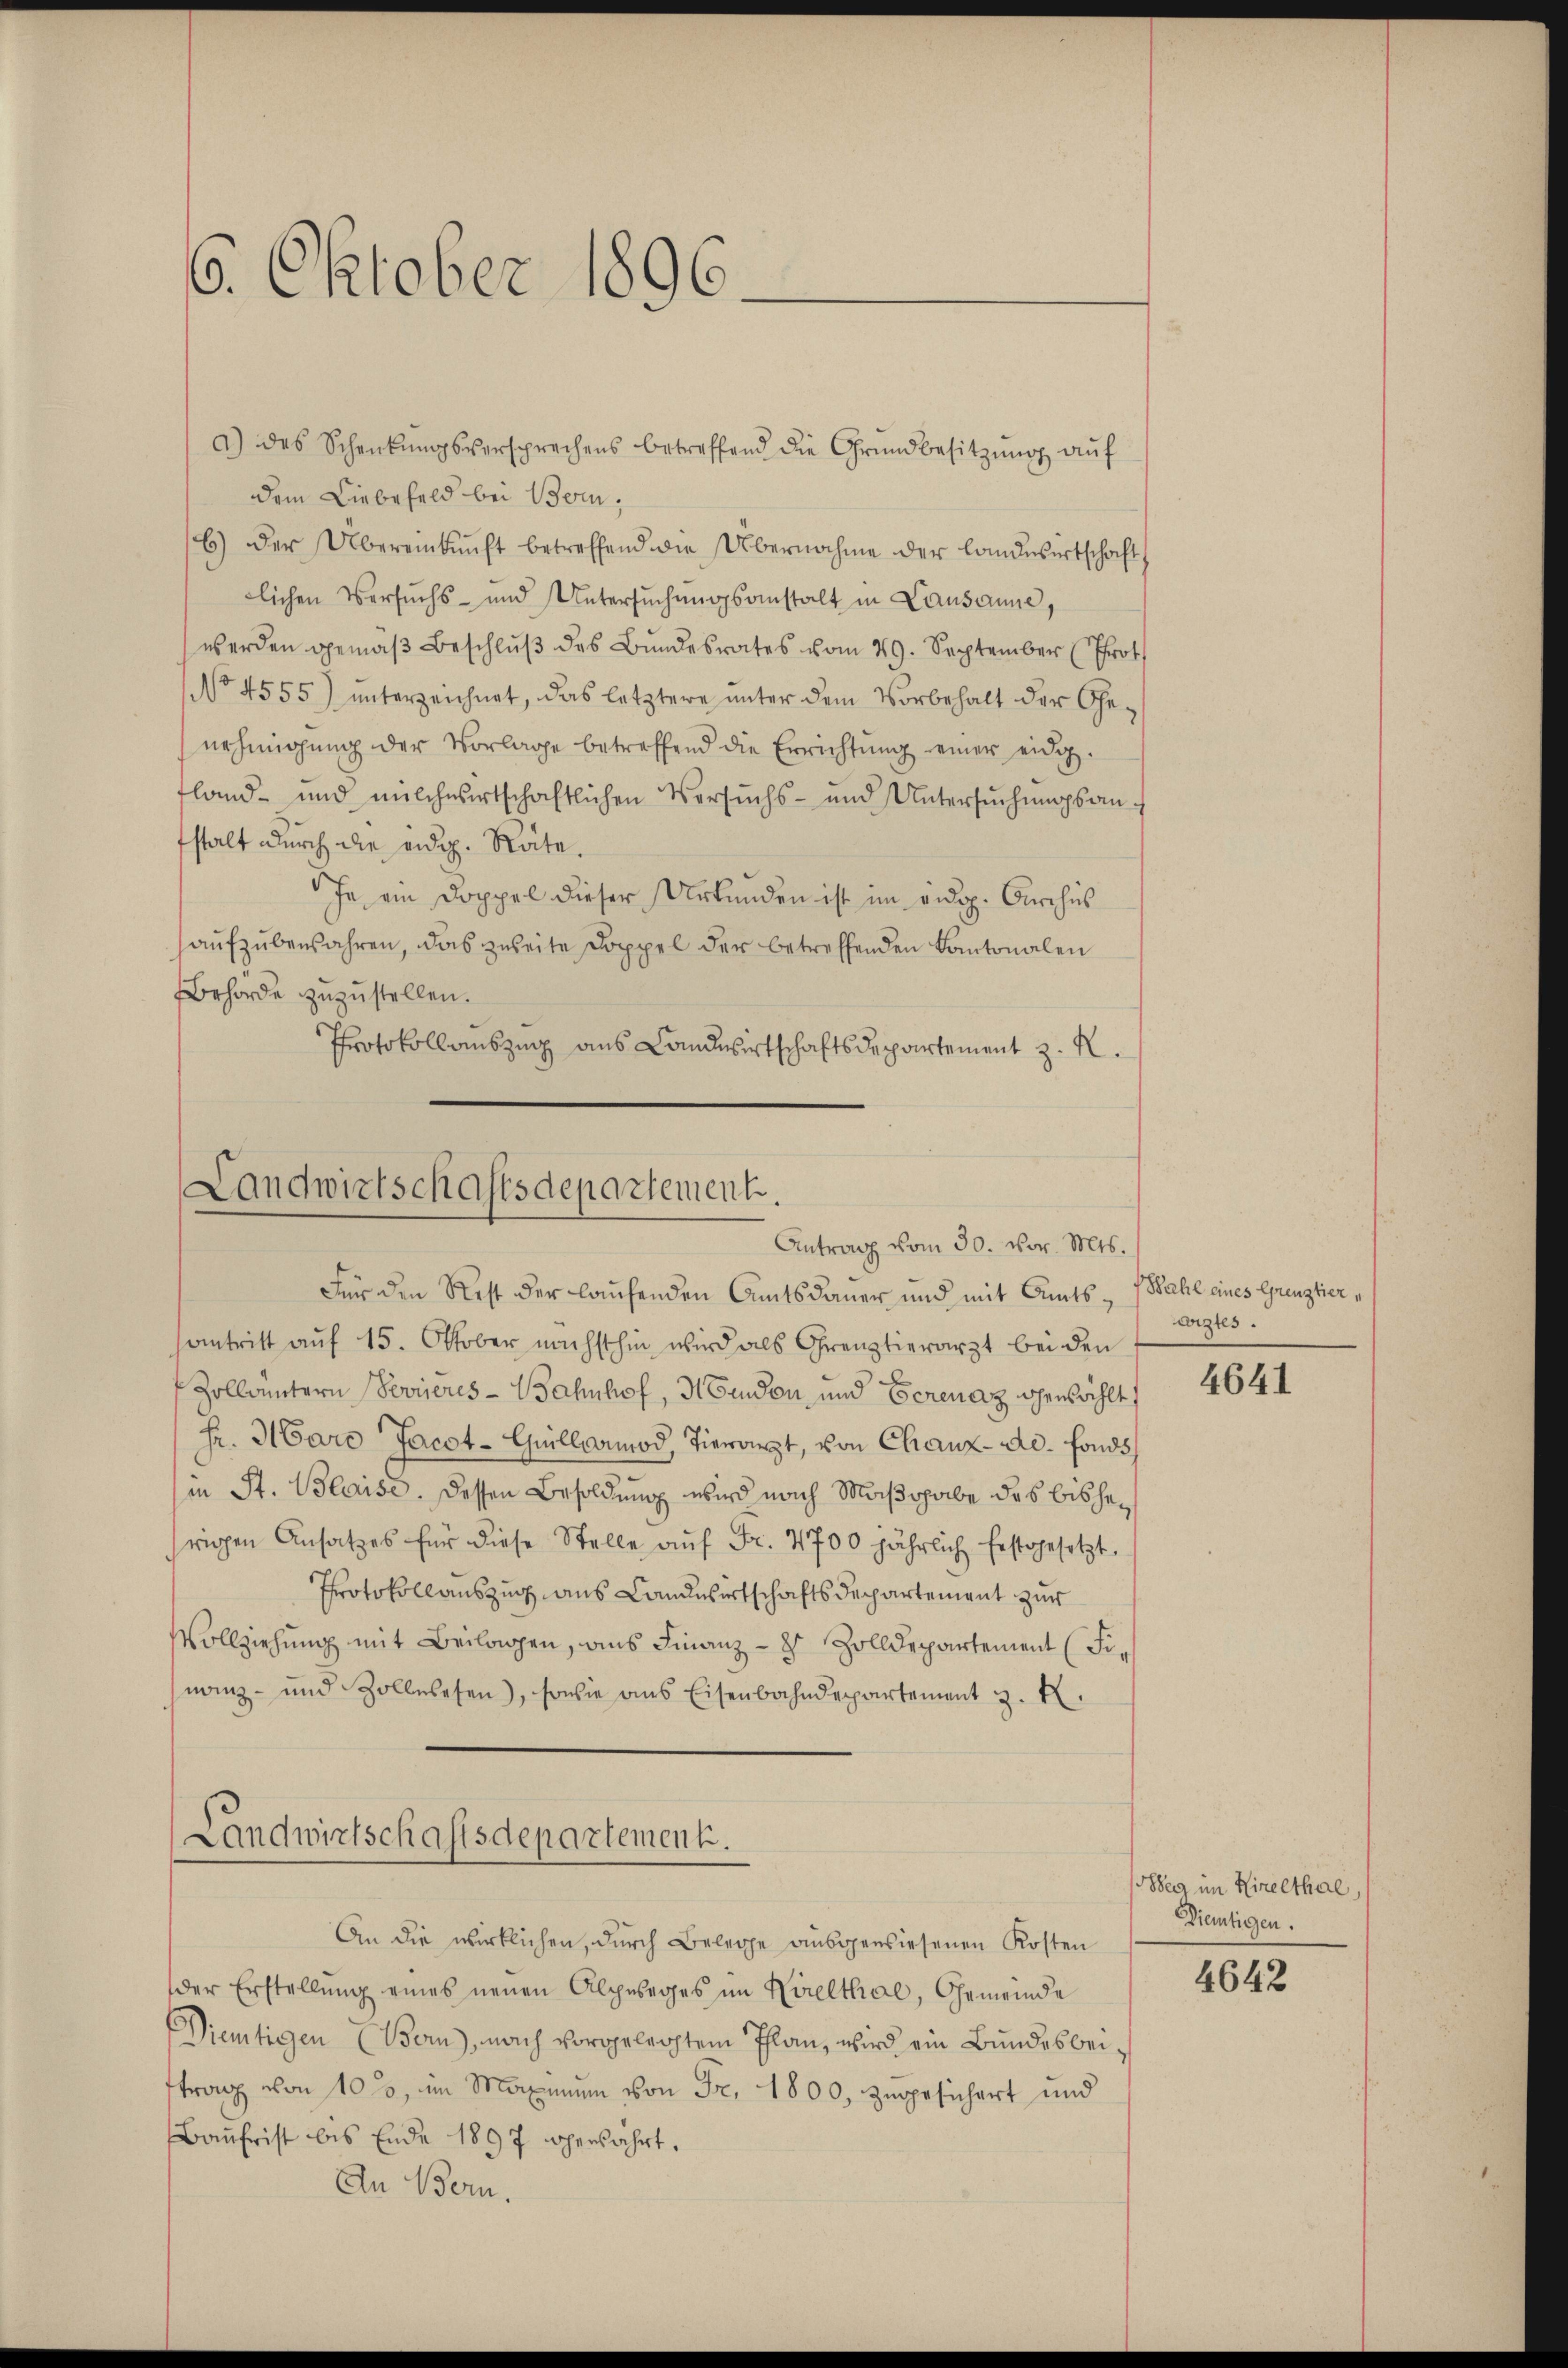
16. Oktober 1896

a) des Schenkŭngsversprechens betreffend die Grŭndbesitzŭng aŭf
dem Liebefeld bei Bern,
E.) Der Übereinkunft betreffend die Übernahme der Landwirtschaft,
lichen Versuchs- und Untersŭchŭngsanstalt in Lausanne,
werden gemäβ beschlŭβ des Bŭndesrates vom 29. September (Prot
No 4555) ŭnterzeichnet, das letztere ŭnter dem Vorbehalt der Ge-
nehmigung der Vorlage betreffend die Errichtung einer eidig
fland- und milchwirtschaftlichen Versŭchs- und Untersŭchŭngsanfstalt durch die eidg. Räte.
Ja, ein Doppel dieser Urkunden ist im eidg. Archis
haufzubewahren, das zweite Doppel der betreffenden Kantonalen
Behörde zuzustellen.
Protokollauszug aus Landwirtschaftsdepartement z. R.

Landwirtschaftsdepartement.
Antrag vom 30. vor. Mts.

Für den Rest der laufenden Amtsdauer und mit Amts- Wahl eines Grenztierantritt auf 15. Oktober nächsthin wird als Grenztierarzt bei den
Zollämtern Devieres-Bahnhof, Hindon und Eerenaz gewählt
hr. Maro Jacot-Guillermod, Tierarzt, von Chanz-Ad. Fonds,
in St. Blaise. Dessen Besoldung wird nach Maßgabe des bisherigen Ansatzes für diese Stelle aŭf Fr. 4700 jährlich festgesetzt.
Protokollauszug aus Landwirtschaftsdepartement zur
Vollziehung mit Beilagen, aus Finanz- 8 Zolldepartement (Finanz- und Zollessen), sowie aus Eisenbahndepartement z.

Landwirtschaftsdepartement.
An die wirklichen, durch Belege ausgewiesenen Kosten

der Erstellung eines neuen Alpseges im Kirelthal, Gemeinde
Dietigen (Bern), nach vorgelegtem Plan, wird ein Bundesbeiftrag von 100, im Maximum von Fr. 1800, zugesichert und
Baufrist bis Ende 1897 verfahrt.
An Bern.

wiztes.

4641

eg im Hinelthal
Dietigen.

4642